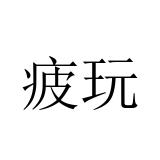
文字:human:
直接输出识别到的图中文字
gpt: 疲玩